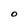
Character: o